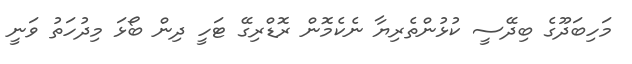
މަހިބަދޫގެ ބިދޭސީ ކުޅުންތެރިޔާ ނެކެމޮން ރޮޑްރިގޭ ޓަހީ ދިން ބޯޅަ މިދުހަތު ވަނީ